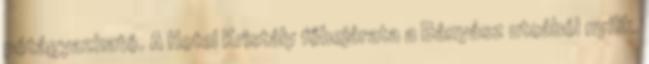
pótágyazható. A Hotel Kristály főbejárata a Bányász utcából nyílik.